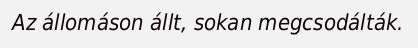
Az állomáson állt, sokan megcsodálták.